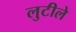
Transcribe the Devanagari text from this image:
लुटीले